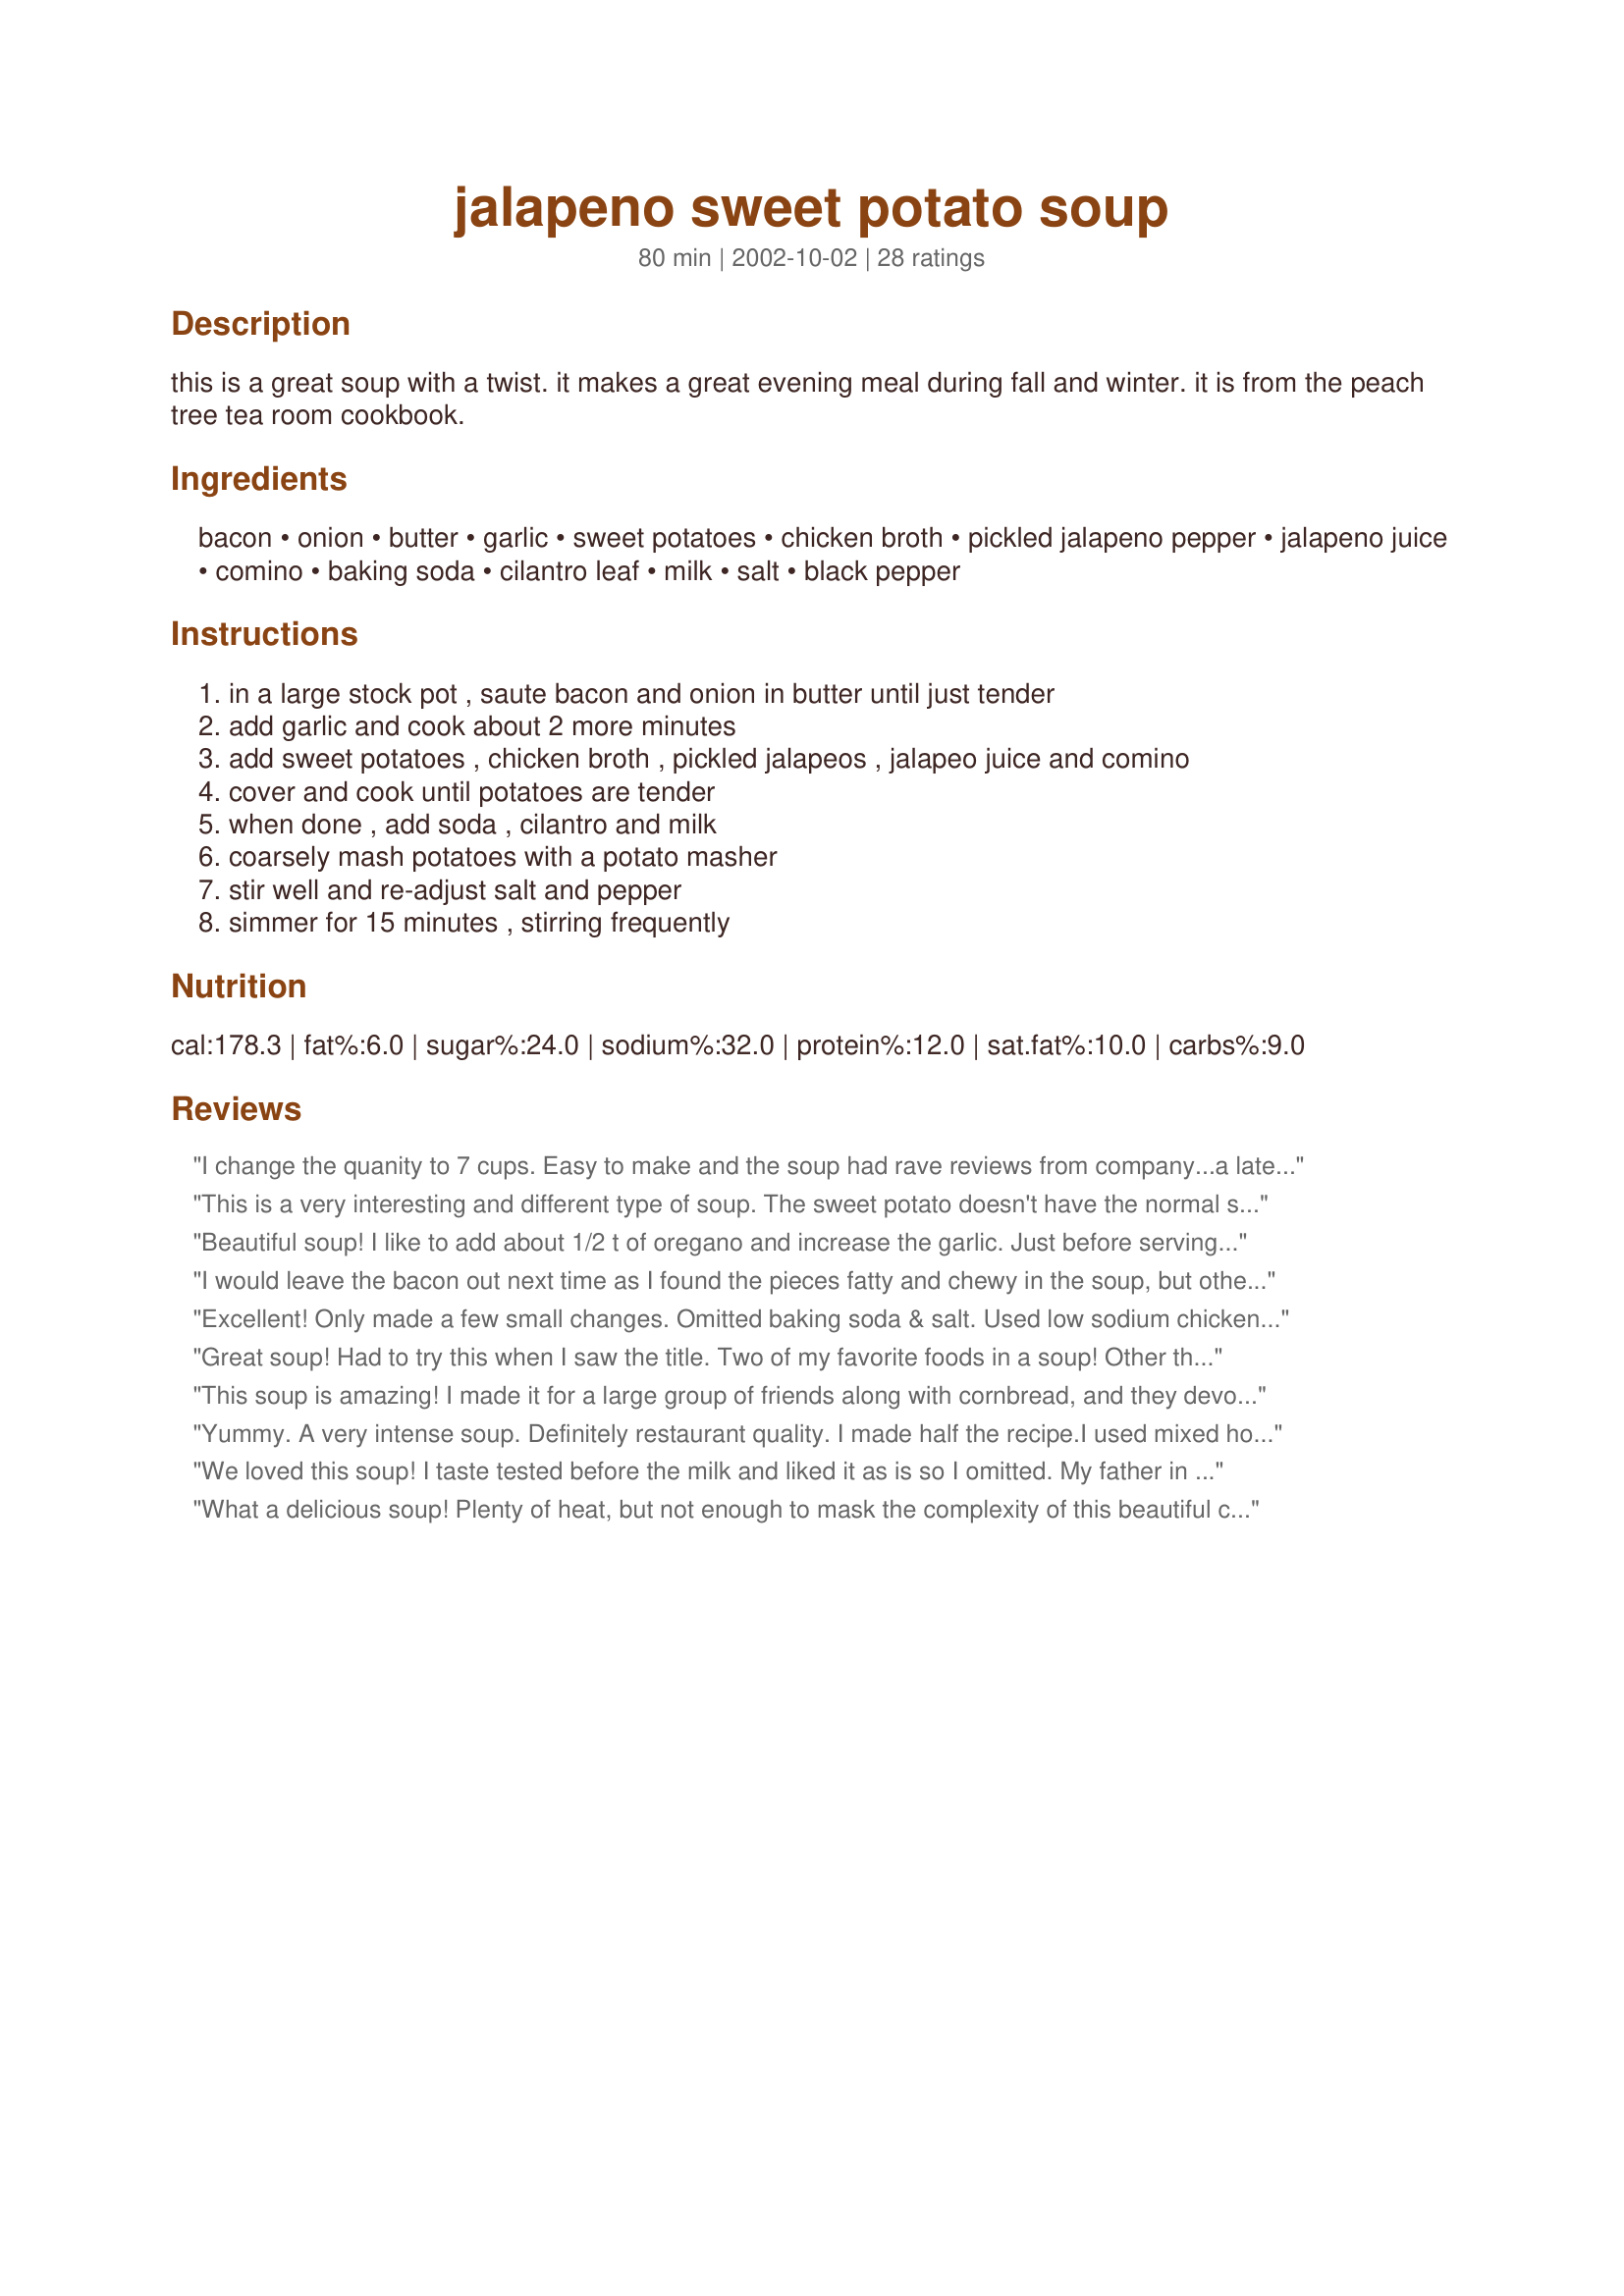
jalapeno sweet potato soup
Preparation time: 80 minutes

this is a great soup with a twist. it makes a great evening meal during fall and winter. it is from the peach tree tea room cookbook.

Ingredients:
bacon, onion, butter, garlic, sweet potatoes, chicken broth, pickled jalapeno pepper, jalapeno juice, comino, baking soda, cilantro leaf, milk, salt, black pepper

Steps:
in a large stock pot , saute bacon and onion in butter until just tender, add garlic and cook about 2 more minutes, add sweet potatoes , chicken broth , pickled jalapeos , jalapeo juice and comino, cover and cook until potatoes are tender, when done , add soda , cilantro and milk, coarsely mash potatoes with a potato masher, stir well and re-adjust salt and pepper, simmer for 15 minutes , stirring frequently

Reviews:
I change the quanity to 7 cups. Easy to make and the soup had rave reviews from company...a late evening supper served with Chicken Salad roll-ups, Recipe 27505, in flour tortillas. Both are make ahead recipes and easy to serve
This is a very interesting and different type of soup. The sweet potato doesn't have the normal sweet type taste most are used to, but has hints of bacon and cumin. The jalapenos make this nicely spicy, and this is a nice warming, flavorful soup as a whole. Everyone enjoyed. Thanks for posting!
Beautiful soup! I like to add about 1/2 t of oregano and increase the garlic. Just before serving drizzle some hemp oil to increase the healthfulness of this soup. A real winner, thanks for sharing!
I would leave the bacon out next time as I found the pieces fatty and chewy in the soup, but other than that, very good comfort food!!
Excellent! Only made a few small changes. Omitted baking soda & salt. Used low sodium chicken broth. Substituted diced pancetta for bacon. Substituted dried cilantro because that is what I had on hand. We really enjoyed this and will make again.
Great soup! Had to try this when I saw the title. Two of my favorite foods in a soup! Other than cutting the recipe in half and subbing olive oil for butter, followed the recipe. I used an immersion blender and then the potato masher, like the texture of the potato masher better. Next time I will probably crisp the bacon and remove it, cooking onion and garlic in drippings. I would like the crunchy bacon texture better than the chewy bits of bacon. Great unique recipe, will make again!
This soup is amazing! I made it for a large group of friends along with cornbread, and they devoured every bit of it. Thanks Miss Annie! Edited to say: I have made this many times now, and the last batch was huge so I ended up freezing a jar of leftover soup. I reheated it this weekend, and it was great after freezing, too. This recipe is near the top of our list of all time fav's!! :)
Yummy. A very intense soup. Definitely restaurant quality. I made half the recipe.I used mixed hot peppers because that is what I had. I omitted the butter just used the bacon fat. I removed the bacon after crisping as per reviews. It would make a lovely soup&salad lunch.
We loved this soup! I taste tested before the milk and liked it as is so I omitted. My father in law can't take a lot of spice but he loved the flavors in the soup! The bacon, jalapenos, and cumin make for a complex flavor. Thanks Miss Annie, for posting.

Roxygirl
What a delicious soup! Plenty of heat, but not enough to mask the complexity of this beautiful creation. Served it with a spinach salad with raspberry vinaigrette, and some multi-grain bread to dunk in the orange loveliness. DH loved it too, and there was plenty to freeze for several more meals. Thanks, Miss Annie!
Wow. This was very good. I was a little skepical to try it but am glad that we did. Spicier than I was expecting, but not overpowering.
It was pretty spicy for me, and I normally like pretty spicy food, it was probably the brand of jalapenos used. Otherwise, delicious.
That was ok
I followed the recipe very closely but used my immersion blender at the end, as I wanted something more like a cream soup than a chowder. The taste was OK, but a bit too much vinegary for my taste. I may try again and use roasted poblano or Anaheim chiles instead of the pickled jalapenos, skipping the vinegar. The bacon and sweet potatoes with the other flavors were excellent. This did make a very big batch of soup. I froze most of it - maybe it will be better after reheating?
OUTSTANDING as can be!
This is definately a keeper recipe!
Used rindless bacon, used oil spray, 
Less calories made my day!
Added red capisum, think was three,
Is personal taste as LOVE chili!
Recipe is GREAT as is, TRUE!
I then added 3 tablespoons no fat peanut butter too!
As think used wet coriander, wanted to balance the taste for me!
Have I mentioned...this is a GREAT recipe!
THANKS!
PS Big fan of Miss Annie recipes :) WHOO HOO
I've been making this for over 10 years now based on the recipe I got off the predecessor webpage Receipezaar. This is a fantastic soup that is easy and quick to make. It's better the second and third day after the Jalepenos have time to infuse the entire soup. I've always enjoyed this soup during sweet potato season. Thanks for a decade of enjoyment of this soup.
Delicious!! We loved this wonderfully flavorful soup. It has a surprisingly good combination of flavors: sweet from the sweet potatoes; smoky from the bacon; and zingy from the peppers. My family devoured it and gave it 2-thumbs up. Thank you for sharing this fabulous recipe...it is definitely a keeper!
This is one of the most delicious soups I've made. I only made half the recipe & now I wish I had made more. I did make a few small changes, I omitted the bacon & used veggie broth to make it vegetarian. I also used 3 fresh jalapenos (I seeded half & left the seeds in the other half) & used Asain sweet potatoes. I love the completity of flavors - sweet from the potatoes, spicy from the peppers, & the cilantro added a nice depth. I will make this soup again & again!!!!
Delicious! I added sour cream as I mistakenly added too much jalapeno. Wonderful soup for a fall day. Thanks for sharing.
Very good, I am always looking for new soups for my restaurant in Tianjin China. Most of my customers are expats who miss good old home cooking and this soup hit the spot for the fall weather that has just arrived. <br/><br/>I made as posted but tripled the batch, it was such a hit that my first customer told everyone who came in that day that they had to try it. I served with pickled jalapenos, a drizzle of sour cream and warm tortillas.<br/><br/>Hank's Sports Bar & Grill in Tianjin China has a new soup, I will be ordering another twelve pounds of sweet potatos today, thanks Miss Annie for a new soup on my special board. <br/><br/>Update: Sorry, didn't mean to post the same review, just wanted to let you know that for five years straight your Jalapeno Sweet Potato soup has been a regular for my restaurant over the holidays.
This is a lovely soup with a delicate flavour. I made a vegetarian version with veggie stock and upped the spices a bit. I also added some strands of saffron to deepend the colour.
I have eaten this soup at the Peach Tree Tea Room in Fredericksburg, TX and it is WONDERFUL! Just enough spice.
This is such a unique soup. I loved it. The flavor was amazing! I followed the recipe exactly and it was PERFECTION. I don't like bacon, but there was no bacon flavor that stood out. Its very very easy to make. like another reviewer said "if you're thinking about making this DO IT!!!"
oh my. this is good. i ratcheted up the garlic and jalapenos, and used turkey bacon. straight to the keeper file, mil gracias!
I can't even articulate how good this is! I think I am going to be making this for decades! The jalapenos make it interesting, and it's one of the most delicious winter soups, ever.

If you're thinking of trying this: DO IT! It's a whole lotta bang for not too much effort.
REALLY good! Perfect for a cold winter evening! I also used my immersion blender to smooth the soup and WOW!!! I bet it will be even better tomorrow! Thanks for posting this recipe.
This is my new all-time favorite food! I did not have any bacon on hand, but it was still delicious without it. My kids loved it, too!
YUMMY! I love this soup. It is very flavorful, comforting and not spicy. My 6 and 9 yr olds like it and they don't like spicy foods. Smells great while cooking. I omitted the butter and just saute the bacon and onions together, I thought there was enough grease from the bacon. Everything else was as specified on the recipe. I used my stick blender and puree the whole thing. The little green cilantro specs look great with the orange soup. Thank you. I am sure I will be making this again.
